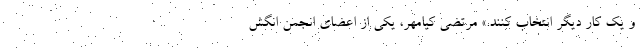
و یک کار دیگر انتخاب کنند.» مرتضی کیامهر، یکی از اعضای انجمن انگش